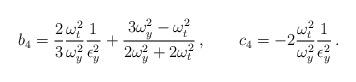
LaTeX: \begin{align*}b_4 = \frac{2}{3} \frac{\omega_t^2}{\omega_y^2} \frac{1}{\epsilon_y^2} + \frac{3\omega_y^2-\omega_t^2}{2\omega_y^2 + 2\omega_t^2}\,,\qquad c_4 = - 2 \frac{\omega_t^2}{\omega_y^2} \frac{1}{\epsilon_y^2}\,.\end{align*}